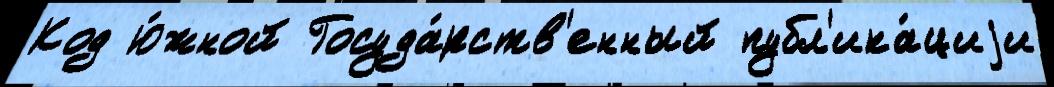
Код ю́жной Госуда́рств'енный публ'ика́циjи